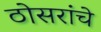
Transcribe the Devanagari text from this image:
ठोसरांचे